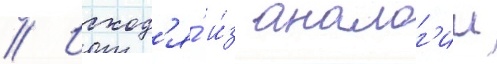
// Исход'я́ и́з аналог'ии